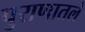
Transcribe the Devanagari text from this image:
पुराणातले